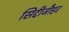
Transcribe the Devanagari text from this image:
सिद्दीजौहर